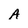
Character: A